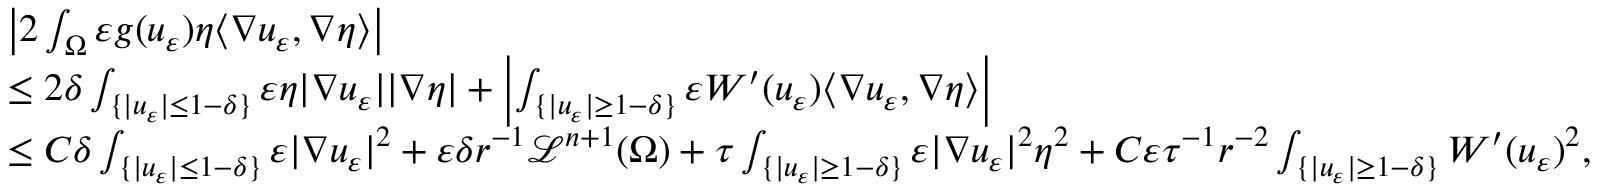
\begin{array} { r l } & { \left| 2 \int _ { \Omega } \varepsilon g ( u _ { \varepsilon } ) \eta \langle \nabla u _ { \varepsilon } , \nabla \eta \rangle \right| } \\ & { \leq 2 \delta \int _ { \{ | u _ { \varepsilon } | \leq 1 - \delta \} } \varepsilon \eta | \nabla u _ { \varepsilon } | | \nabla \eta | + \left| \int _ { \{ | u _ { \varepsilon } | \geq 1 - \delta \} } \varepsilon W ^ { \prime } ( u _ { \varepsilon } ) \langle \nabla u _ { \varepsilon } , \nabla \eta \rangle \right| } \\ & { \leq C \delta \int _ { \{ | u _ { \varepsilon } | \leq 1 - \delta \} } \varepsilon | \nabla u _ { \varepsilon } | ^ { 2 } + \varepsilon \delta r ^ { - 1 } \mathcal L ^ { n + 1 } ( \Omega ) + \tau \int _ { \{ | u _ { \varepsilon } | \geq 1 - \delta \} } \varepsilon | \nabla u _ { \varepsilon } | ^ { 2 } \eta ^ { 2 } + C \varepsilon \tau ^ { - 1 } r ^ { - 2 } \int _ { \{ | u _ { \varepsilon } | \geq 1 - \delta \} } W ^ { \prime } ( u _ { \varepsilon } ) ^ { 2 } , } \end{array}